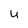
Character: u